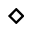
\diamond